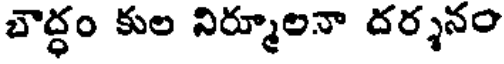
బౌద్ధం కుల నిర్మూలనా దర్శనం